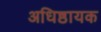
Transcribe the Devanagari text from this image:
अधिष्ठायक